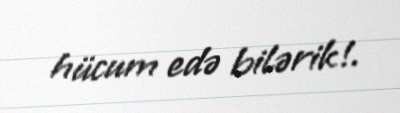
hücum edə bilərik!.